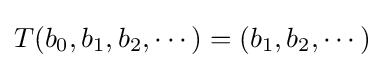
T(b_{0},b_{1},b_{2},\cdots )=(b_{1},b_{2},\cdots )